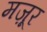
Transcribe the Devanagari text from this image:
मज़ूर